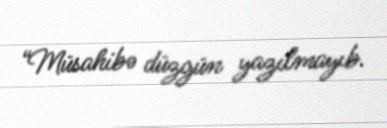
“Müsahibə düzgün yazılmayıb.